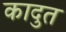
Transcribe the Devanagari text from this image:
कादुत